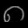
Digit: ၈